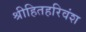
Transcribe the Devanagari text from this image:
श्रीहितहरिवंश